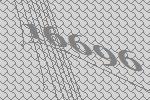
16696